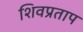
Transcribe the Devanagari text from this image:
शिवप्रताप